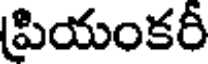
పియంకరీ